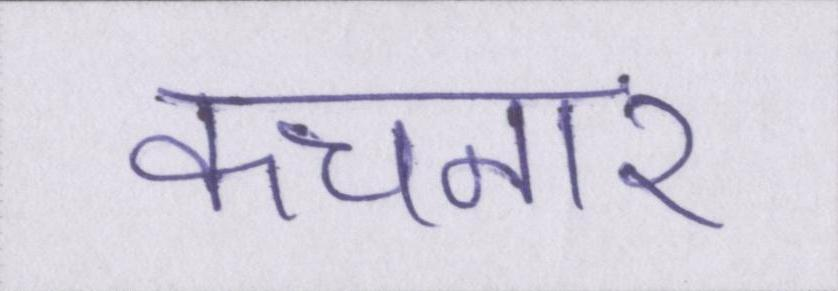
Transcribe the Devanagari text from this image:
कचनार